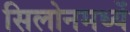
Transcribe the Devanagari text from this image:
सिलोनमध्यें